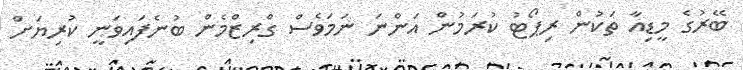
ބޭރުގެ މީޑިއާ ތަކުން ރިޕޯޓު ކުރަމުން އަންނަ ނަމަވެސް ގްރިޒްމެން ބުނެފައިވަނީ ކުރިޔަށް